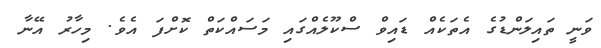
ވަނީ ތައިލަންޑުގެ އެތަކެއް ޑައިވް ސްކޫލެއްގައި މަސައްކަތް ކޮށްފަ އެވެ. މިހާރު އޭނާ